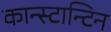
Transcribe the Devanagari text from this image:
कान्स्टान्टिन